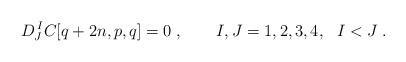
LaTeX: \begin{align*}D^{\,I}_J C[q+2n,p,q] = 0 \;, \qquad I,J=1,2,3,4,\ \ I<J\;.\end{align*}